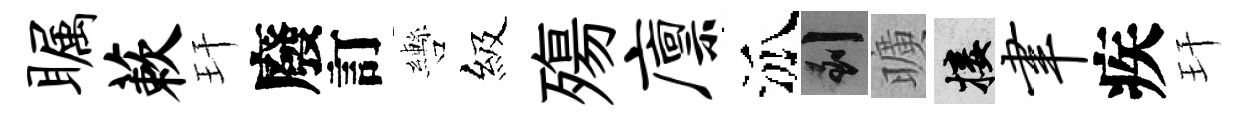
瞩蔌玕廢訂轡級殤廪泒到曠接聿疾玕